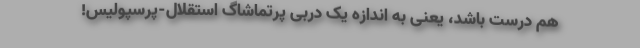
هم درست باشد، یعنی به اندازه یک دربی پرتماشاگ استقلال-پرسپولیس!‌